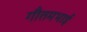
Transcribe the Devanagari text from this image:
गौतमभाई